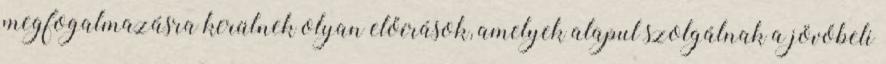
megfogalmazásra kerülnek olyan előírások, amelyek alapul szolgálnak a jövőbeli